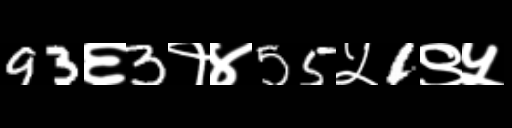
Text: 93६3१४55५1९५